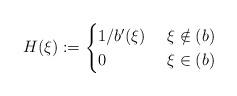
LaTeX: \begin{align*} H(\xi):=\begin{cases}1/b'(\xi)&\ \xi \notin (b)\\ 0 &\ \xi \in (b) \end{cases}\end{align*}